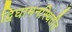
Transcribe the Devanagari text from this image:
द्विधामनस्थितीत